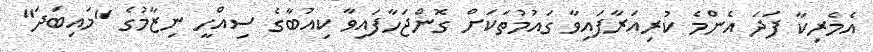
އެމެރިކާ ފަދަ އެންމެ ކުރިއަރާފައިވާ ގައުމުތަކަށް ގޮންޖަހާފައިވާ ކިއުބާގެ ސިއްހީ ނިޒާމުގެ "މައިބަދަ"